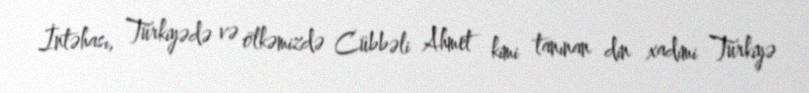
İntəhası, Türkiyədə və ölkəmizdə Cübbəli Ahmet kimi tanınan din xadimi Türkiyə